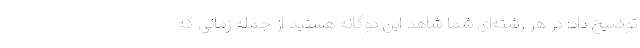
توضیح داد: در هر رشته‌ای شما شاهد این دوگانه هستید از جمله زمانی که